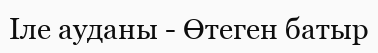
Іле ауданы - Өтеген батыр